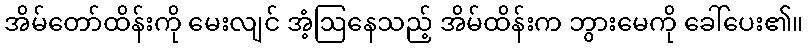
အိမ်တော်ထိန်းကို မေးလျင် အံ့ဩနေသည့် အိမ်ထိန်းက ဘွားမေကို ခေါ်ပေး၏။